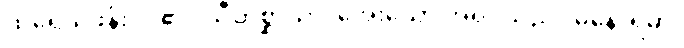
ထိုရေသဖန်းပင်၏။ သီတစ္ဆာယာ၊ အေးသော အရိပ်သည်။ မနောရမာ၊